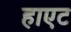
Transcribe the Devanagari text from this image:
हाएट